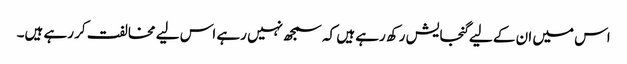
اس میں ان کے لیے گنجایش رکھ رہے ہیں کہ سمجھ نہیں رہے اس لیے مخالفت کر رہے ہیں۔